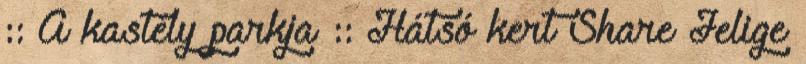
:: A kastély parkja :: Hátsó kert Share Jelige